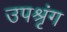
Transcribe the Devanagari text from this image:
उपश्रृंग